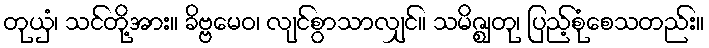
တုယှံ၊ သင်တို့အား။ ခိဗ္ဗမေဝ၊ လျင်စွာသာလျှင်။ သမိဇ္ဈတု၊ ပြည့်စုံစေသတည်း။